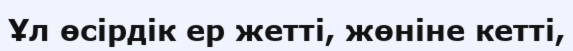
Ұл өсірдік ер жетті, жөніне кетті,